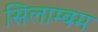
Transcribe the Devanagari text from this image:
सिलाम्बम